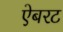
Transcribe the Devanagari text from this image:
ऐबरट